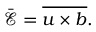
\bar { \boldsymbol { \mathcal { E } } } = \overline { { \boldsymbol { u } \times \boldsymbol { b } } } .